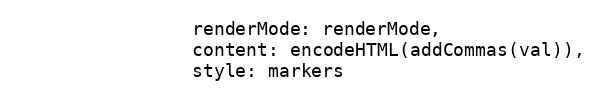
Language: JavaScript
                renderMode: renderMode,
                content: encodeHTML(addCommas(val)),
                style: markers